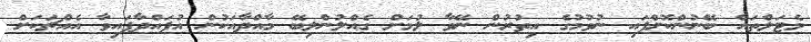
މެޓަލްތައް ބޭނުންކޮށްފައި ނުވުމުގެ އިތުރުން ނޭވާ ލުމަށް ގެއްލުންލިބޭ މާއްދާއަކުން އުފައްދާފައިވާ އެއްޗަކަށް